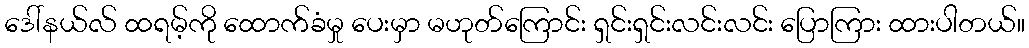
ဒေါ်နယ်လ် ထရမ့်ကို ထောက်ခံမှု ပေးမှာ မဟုတ်ကြောင်း ရှင်းရှင်းလင်းလင်း ပြောကြား ထားပါတယ်။